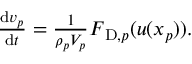
\begin{array} { r } { \frac { \mathrm { d } \boldsymbol { v } _ { p } } { \mathrm { d } t } = \frac { 1 } { \rho _ { p } V _ { p } } \boldsymbol { F } _ { \mathrm { D } , p } ( \boldsymbol { u } ( \boldsymbol { x } _ { p } ) ) . } \end{array}